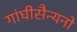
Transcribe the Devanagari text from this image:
गांघीसैन्यनो